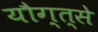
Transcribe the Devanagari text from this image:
यौग्त्से